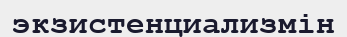
экзистенциализмін